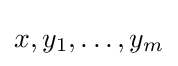
x,y_{1},\dots ,y_{m}